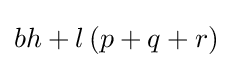
bh+l\left(p+q+r\right)